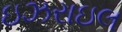
ઇઝરાઇલ